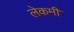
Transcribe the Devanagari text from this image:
लेकमी